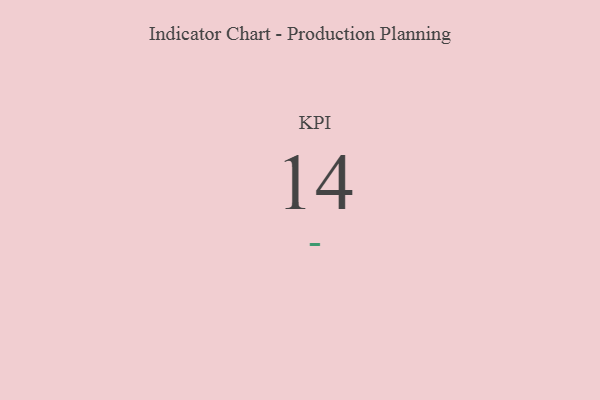
{"axis": {"x": "KPI", "y": "Value"}, "legend": [""], "data": [{"x": "KPI", "y": 14, "type": ""}]}